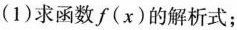
(1)求函数f(x)的解析式；